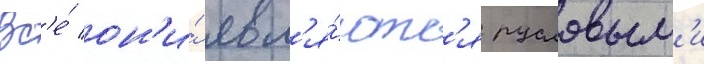
Вс'е́ он'и́ явл'я́ютс'я русловым'и